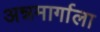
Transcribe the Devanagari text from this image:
अन्नमार्गाला